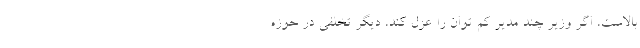
بالاست، اگر وزیر چند مدیر کم توان را عزل کند، دیگر تخلفی در حوزه